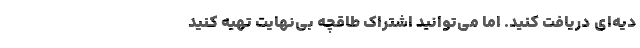
دیه‌ای دریافت کنید. اما می‌توانید اشتراک طاقچه بی‌نهایت تهیه کنید